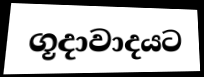
ගූදාවාදයට